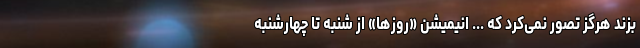
بزند هرگز تصور نمی‌کرد که ... انیمیشن «روزها» از شنبه تا چهارشنبه